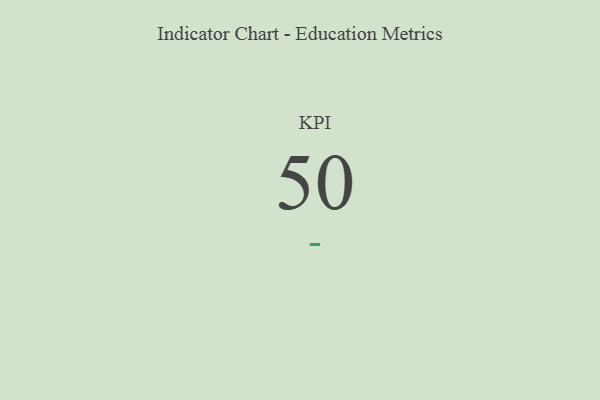
{"axis": {"x": "KPI", "y": "Value"}, "legend": [""], "data": [{"x": "KPI", "y": 50, "type": ""}]}